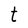
Character: t